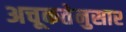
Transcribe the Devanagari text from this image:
अचूकतेनुसार